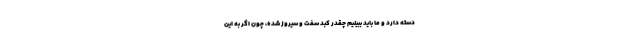
دسته دارد و ما باید ببینیم چقدر کبد سفت و سیروز شده، چون اگر به این